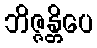
ဘိဇ္ဇန္တိပေ